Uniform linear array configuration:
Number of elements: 24
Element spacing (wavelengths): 0.25
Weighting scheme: binomial
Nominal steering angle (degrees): -15
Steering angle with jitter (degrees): -16.049
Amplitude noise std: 0.05
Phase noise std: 0.05

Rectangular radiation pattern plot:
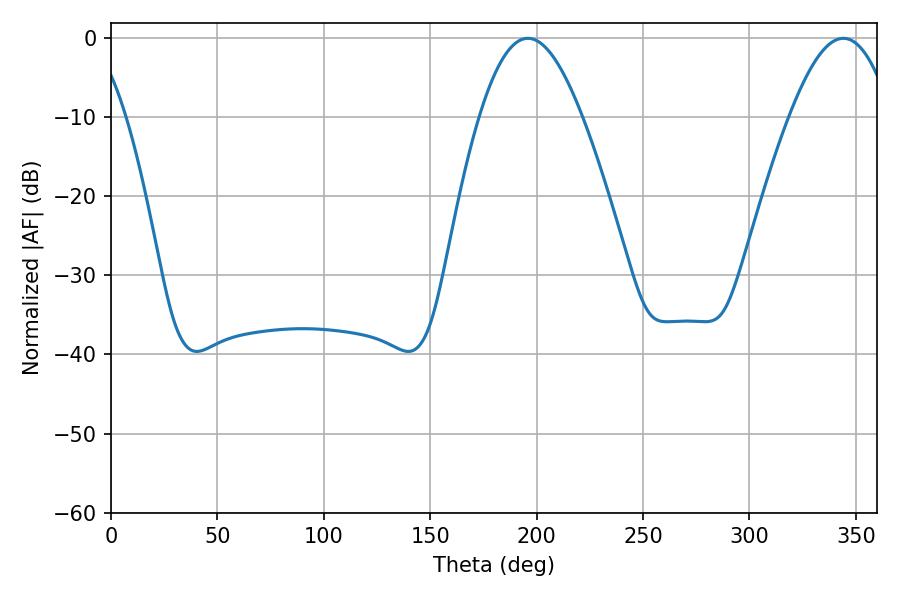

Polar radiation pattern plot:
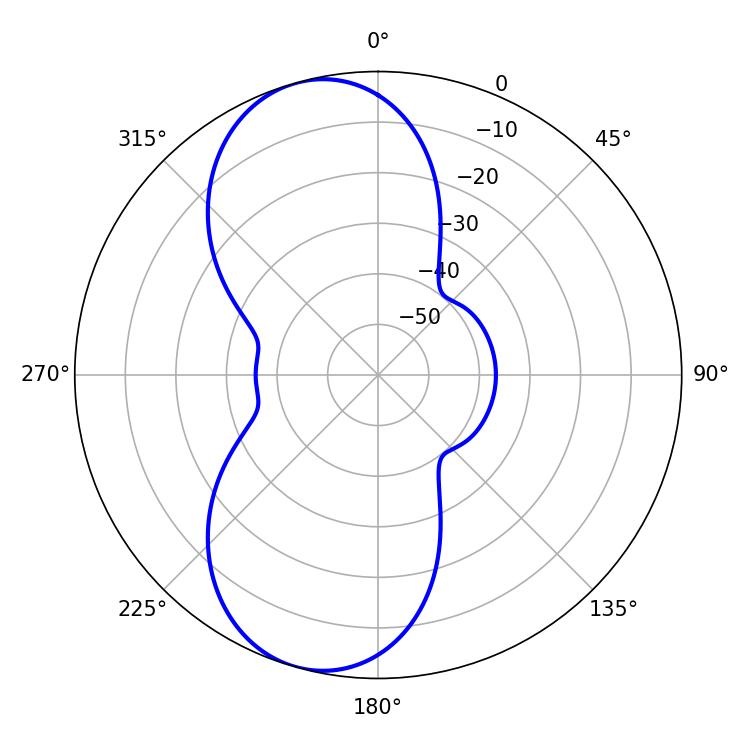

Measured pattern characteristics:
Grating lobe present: FALSE
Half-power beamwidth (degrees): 26.1
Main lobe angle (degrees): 195.84